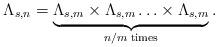
LaTeX: \begin{align*}\Lambda_{s,n} = \underbrace{\Lambda_{s,m} \times \Lambda_{s,m} \ldots \times \Lambda_{s,m}}_{n/m \; \mathrm{times}}.\end{align*}